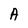
Character: A